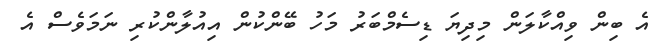
އެ ބިން ވިއްކާލަން މިދިޔަ ޑިސެމްބަރު މަހު ބޭންކުން އިއުލާންކުރި ނަމަވެސް އެ